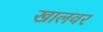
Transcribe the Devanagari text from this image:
खालवर